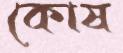
কোষ